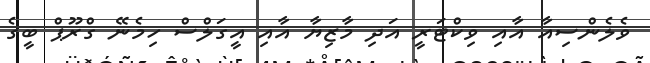
ވެލެންސިއާ އާއި ވިކްޓަރީ އަދި މާޒިޔާ އާއި އީގަލްސް ހިމެނޭ ގްރޫޕް ބީގެ